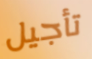
تأجيل